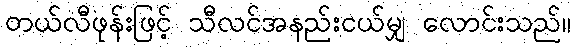
တယ်လီဖုန်းဖြင့် သီလင်အနည်းငယ်မျှ လောင်းသည်။